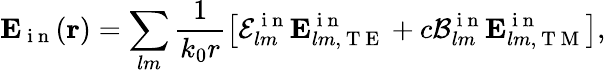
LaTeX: \mathbf{E}_{\mathrm{~i~n~}}(\mathbf{r})=\sum_{lm}\frac{1}{k_{0}r}\left[\mathcal{E}_{lm}^{\mathrm{~i~n~}}\mathbf{E}_{lm,\mathrm{~T~E~}}^{\mathrm{~i~n~}}+c\mathcal{B}_{lm}^{\mathrm{~i~n~}}\mathbf{E}_{lm,\mathrm{~T~M~}}^{\mathrm{~i~n~}}\right],